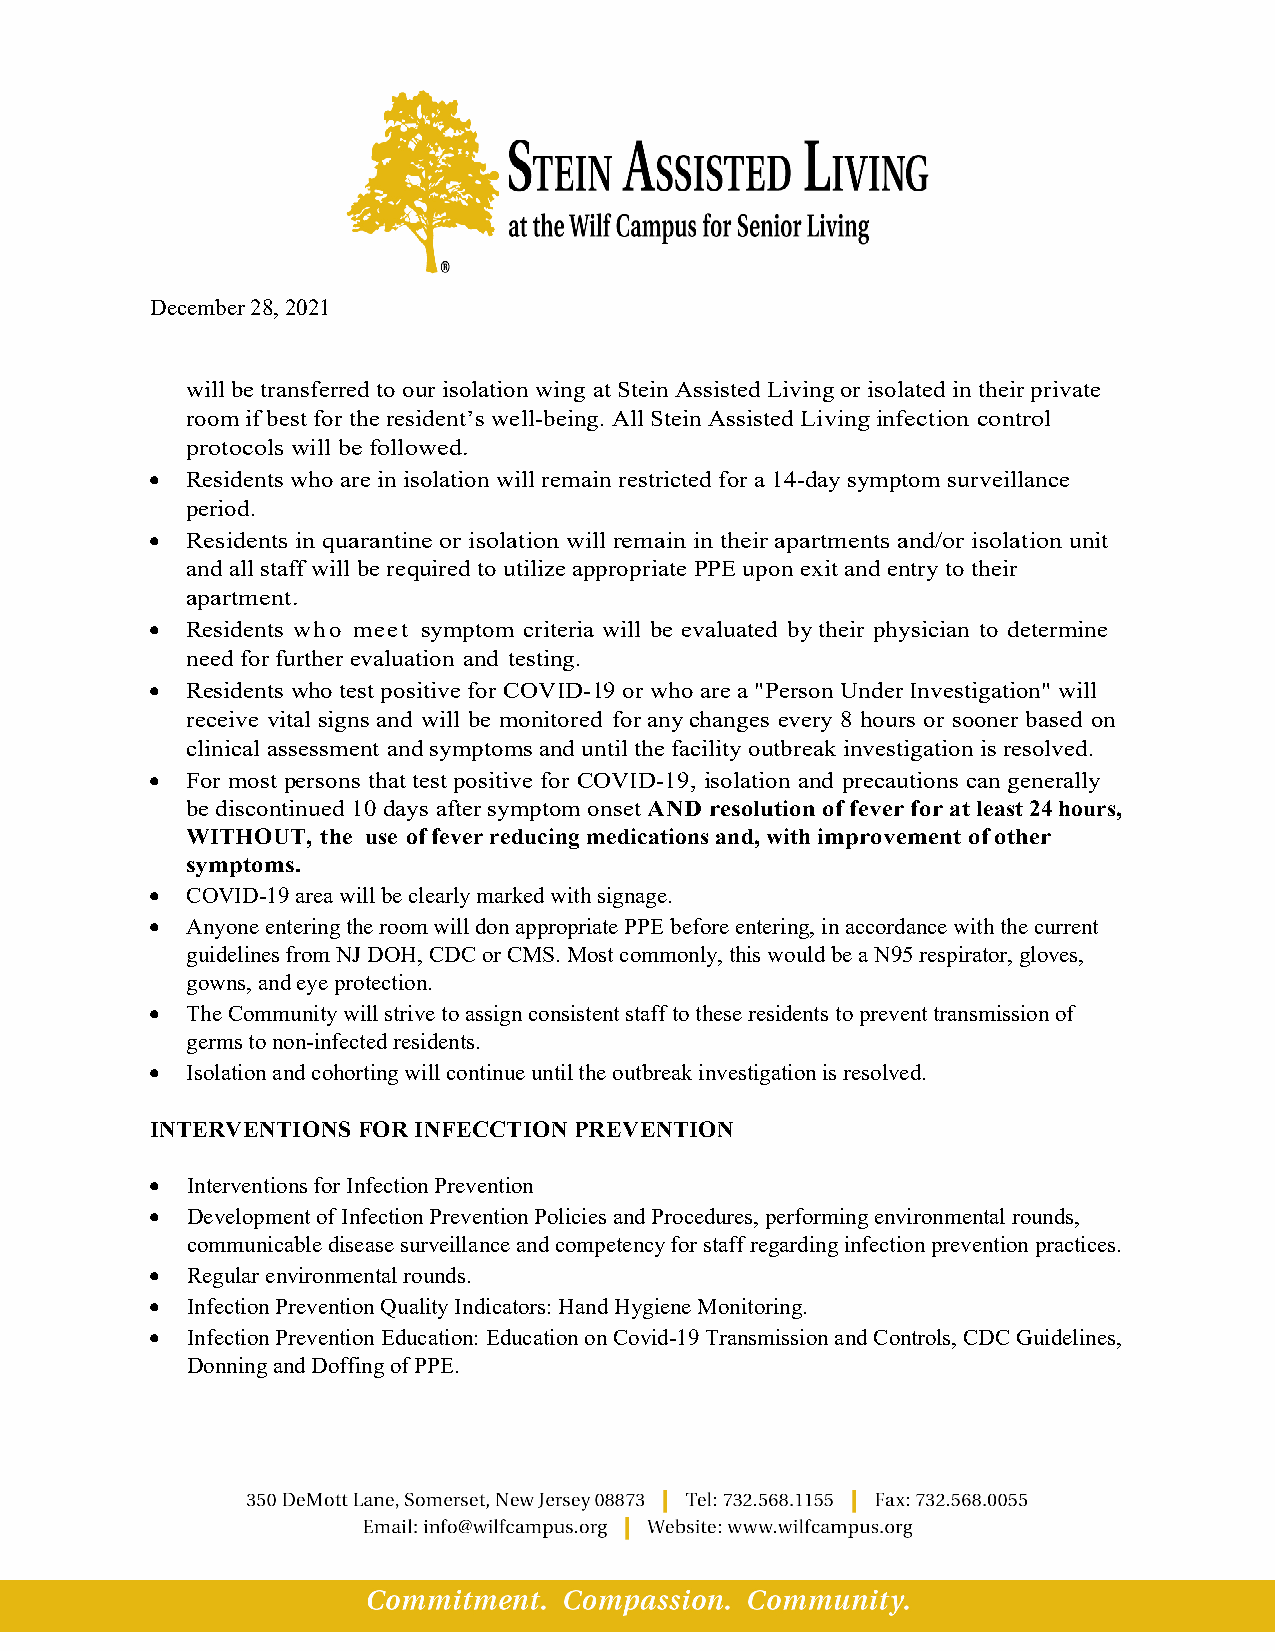
December 28, 2021
 will be transferred to our isolation wing at Stein Assisted Living or isolated in their private
 room if best for the resident’s well-being. All Stein Assisted Living infection control
 protocols will be followed.
 • Residents who are in isolation will remain restricted for a 14-day symptom surveillance
 period.
 • Residents in quarantine or isolation will remain in their apartments and/or isolation unit
 and all staff will be required to utilize appropriate PPE upon exit and entry to their
 apartment.
 • Residents who meet symptom criteria will be evaluated by their physician to determine
 need for further evaluation and testing.
 • Residents who test positive for COVID-19 or who are a "Person Under Investigation" will
 receive vital signs and will be monitored for any changes every 8 hours or sooner based on
 clinical assessment and symptoms and until the facility outbreak investigation is resolved.
 • For most persons that test positive for COVID-19, isolation and precautions can generally
 be discontinued 10 days after symptom onset AND resolution of fever for at least 24 hours,
 WITHOUT, the use of fever reducing medications and, with improvement of other
 symptoms.
 • COVID-19 area will be clearly marked with signage.
 • Anyone entering the room will don appropriate PPE before entering, in accordance with the current
 guidelines from NJ DOH, CDC or CMS. Most commonly, this would be a N95 respirator, gloves,
 gowns, and eye protection.
 • The Community will strive to assign consistent staff to these residents to prevent transmission of
 germs to non-infected residents.
 • Isolation and cohorting will continue until the outbreak investigation is resolved.
 INTERVENTIONS FOR INFECCTION PREVENTION
 • Interventions for Infection Prevention
 • Development of Infection Prevention Policies and Procedures, performing environmental rounds,
 communicable disease surveillance and competency for staff regarding infection prevention practices.
 • Regular environmental rounds.
 • Infection Prevention Quality Indicators: Hand Hygiene Monitoring.
 • Infection Prevention Education: Education on Covid-19 Transmission and Controls, CDC Guidelines,
 Donning and Doffing of PPE.